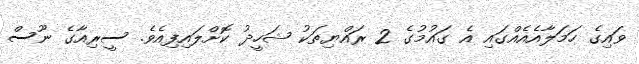
ވައިގެ ހަމަލާއެއެއްގައި އެ ގައުމުގެ 2 ރައްޔިތަކު ޝަހީދު ކޮށްލައިފިއެވެ. ސީރިއާގެ ނޫސް